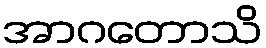
အာဂတောသိ